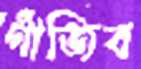
গাঁজিব